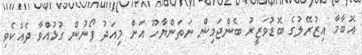
އޮބާމާ އިޒުރޭލުގެ ބޮޑުވަޒީރު ބެންޖަމިން ނަތަންޔާހޫ އަށް މިއަދު ފޯނުން ގުޅުއްވާ ދެއްކެވި